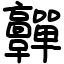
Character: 䯬